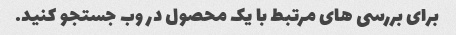
برای بررسی های مرتبط با یک محصول در وب جستجو کنید.